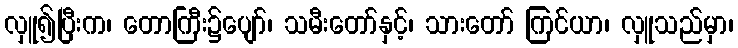
လှူ၍ပြီးက၊ တောကြီး၌ပျော်၊ သမီးတော်နှင့်၊ သားတော် ကြင်ယာ၊ လှူသည်မှာ၊